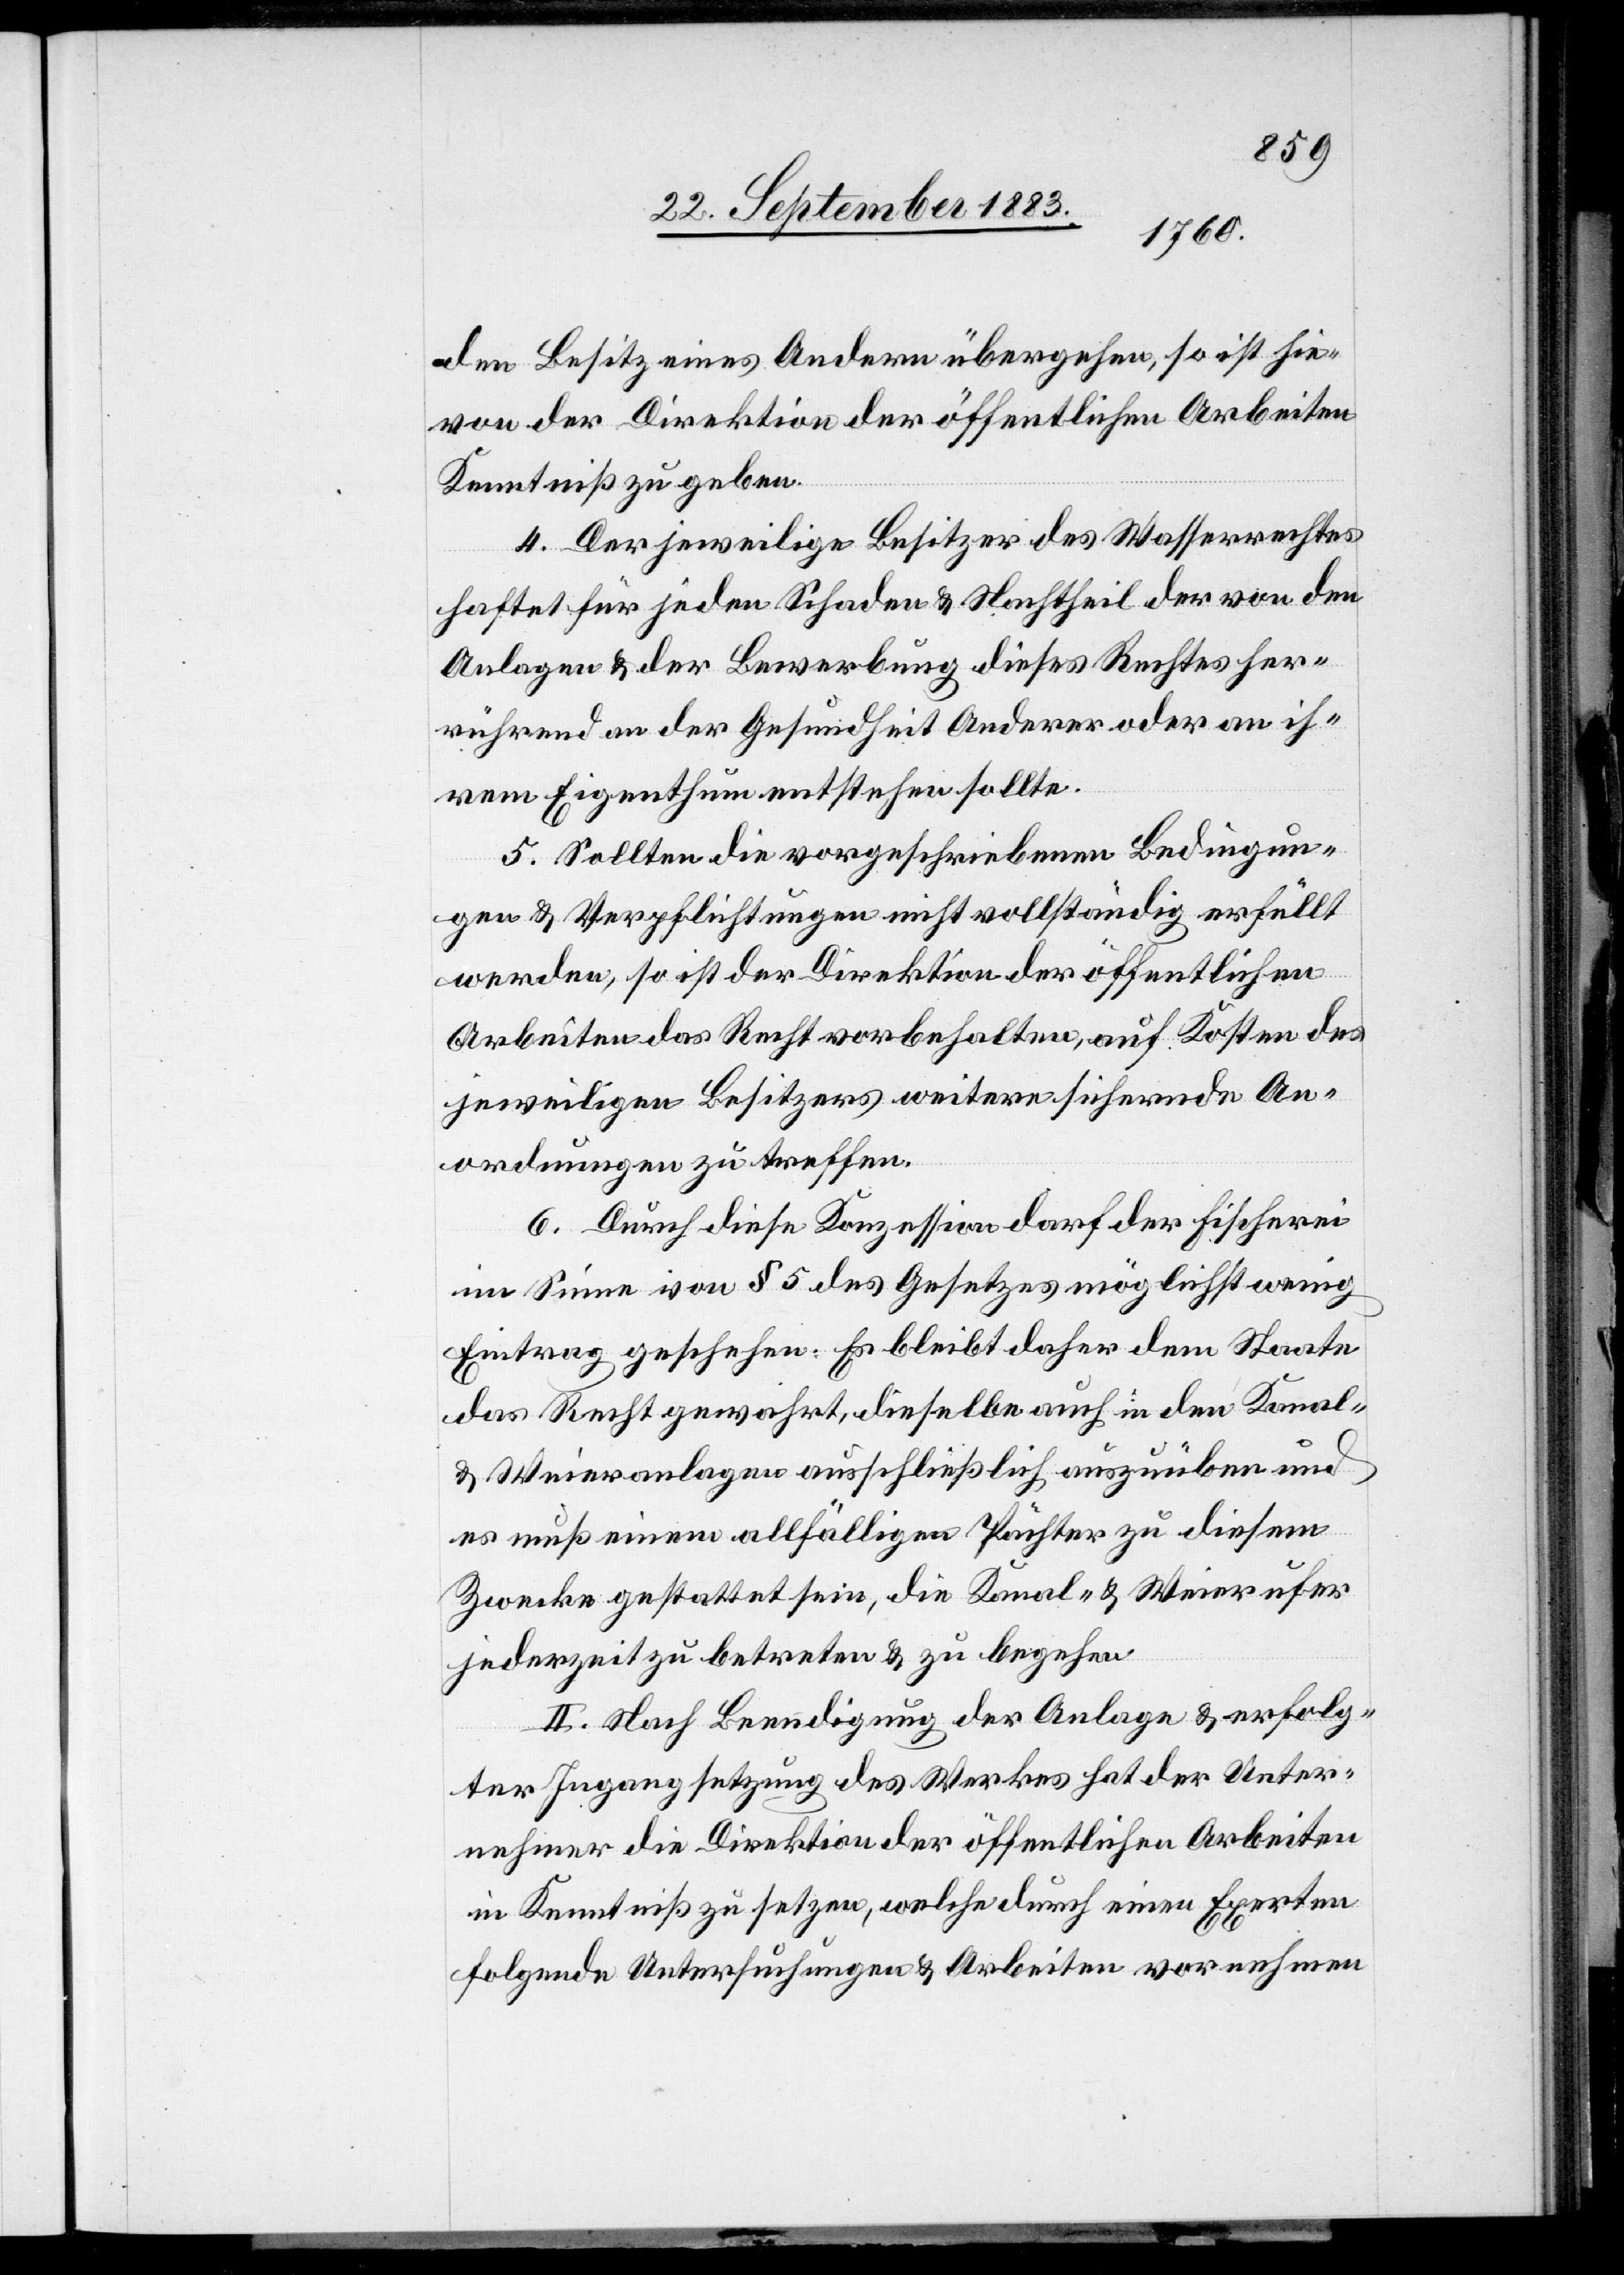
den Besitz eines Andern übergehen, so ist hie¬
von der Direktion der öffentlichen Arbeiten
Kenntniß zu geben.
4. Der jeweilige Besitzer des Wasserrechtes
haftet für jeden Schaden & Nachtheil der von den
Anlagen & der Bewerbung dieses Rechts her¬
rührend an der Gesundheit Anderer oder an ih¬
rem Eigenthum entstehen sollte.
5. Sollten die vorgeschriebenen Bedingun¬
gen & Verpflichtungen nicht vollständig erfüllt
werden, so ist der Direktion der öffentlichen
Arbeiten das Recht vorbehalten, auf Kosten des
jeweiligen Besitzers weitere sichernde An¬
ordnungen zu treffen.
6. Durch diese Konzession darf der Fischerei
im Sinne von § 5 des Gesetzes möglichst wenig
Eintrag geschehen. Es bleibt daher dem Staate
das Recht gewahrt, dieselben auch in den Kanal-
& Weieranlagen ausschließlich auszuüben und
es muß einem allfälligen Pächter zu diesem
Zwecke gestattet sein, die Kanal- & Weierufer
jederzeit zu betreten & zu begehen.
II. Nach Beendigung der Anlage & erfolg¬
ter Ingangsetzung des Werkes hat der Unter¬
nehmer die Direktion der öffentlichen Arbeiten
in Kenntniß zu setzen, welche durch einen Experten
folgende Untersuchungen & Arbeiten vornehmen